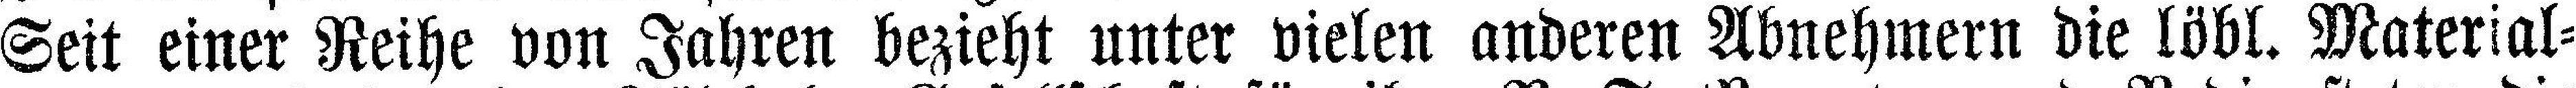
Seit einer Reihe von Jahren bezieht unter vielen anderen Abnehmern die löbl. Material=